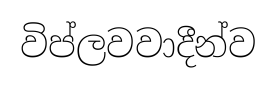
විප්ලවවාදීන්ව